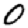
Digit: 0